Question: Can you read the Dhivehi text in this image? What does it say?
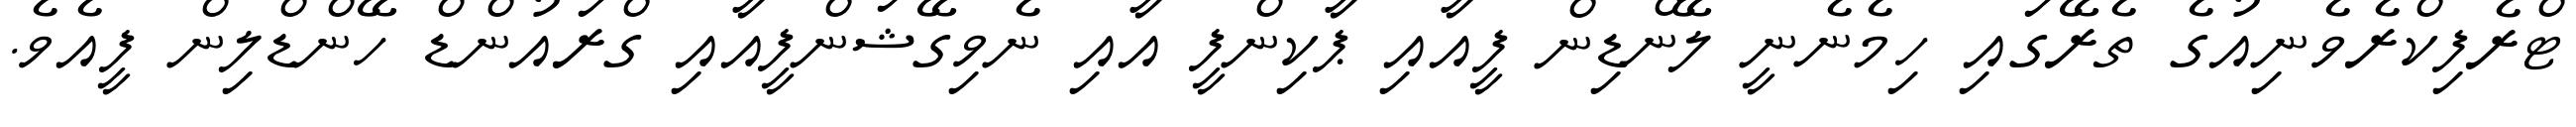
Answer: ޓްރެފިކްރެވެނިއުގެ ތެރޭގައި ހިމެނެނީ ލޭންޑިން ފީއާއި ޕާކިންފީ އާއި ނެވިގޭޝަންފީއާއި ގްރައުންޑް ހޭންޑްލިން ފީއެވެ.